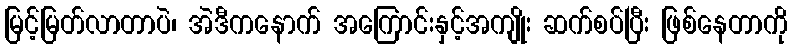
မြင့်မြတ်လာတာပဲ၊ အဲဒီကနောက် အကြောင်းနှင့်အကျိုး ဆက်စပ်ပြီး ဖြစ်နေတာကို